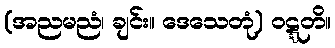
(အညမညံ၊ ချင်း။ ဒေသေတုံ) ဝဋ္ဋတိ။